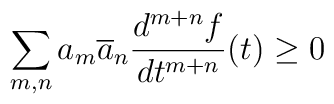
\sum_{m,n} a_{m} \overline{a}_{n}  \frac{d^{m + n}f}{dt^{m +n}} (t)\geq 0